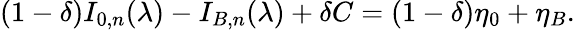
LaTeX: (1-\delta)I_{0,n}(\lambda)-I_{B,n}(\lambda)+\delta C=(1-\delta)\eta_{0}+\eta_{B}.